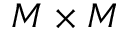
M \times M